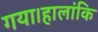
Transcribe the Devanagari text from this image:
गया।हालांकि